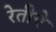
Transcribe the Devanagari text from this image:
रेतीचे